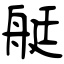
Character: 艇